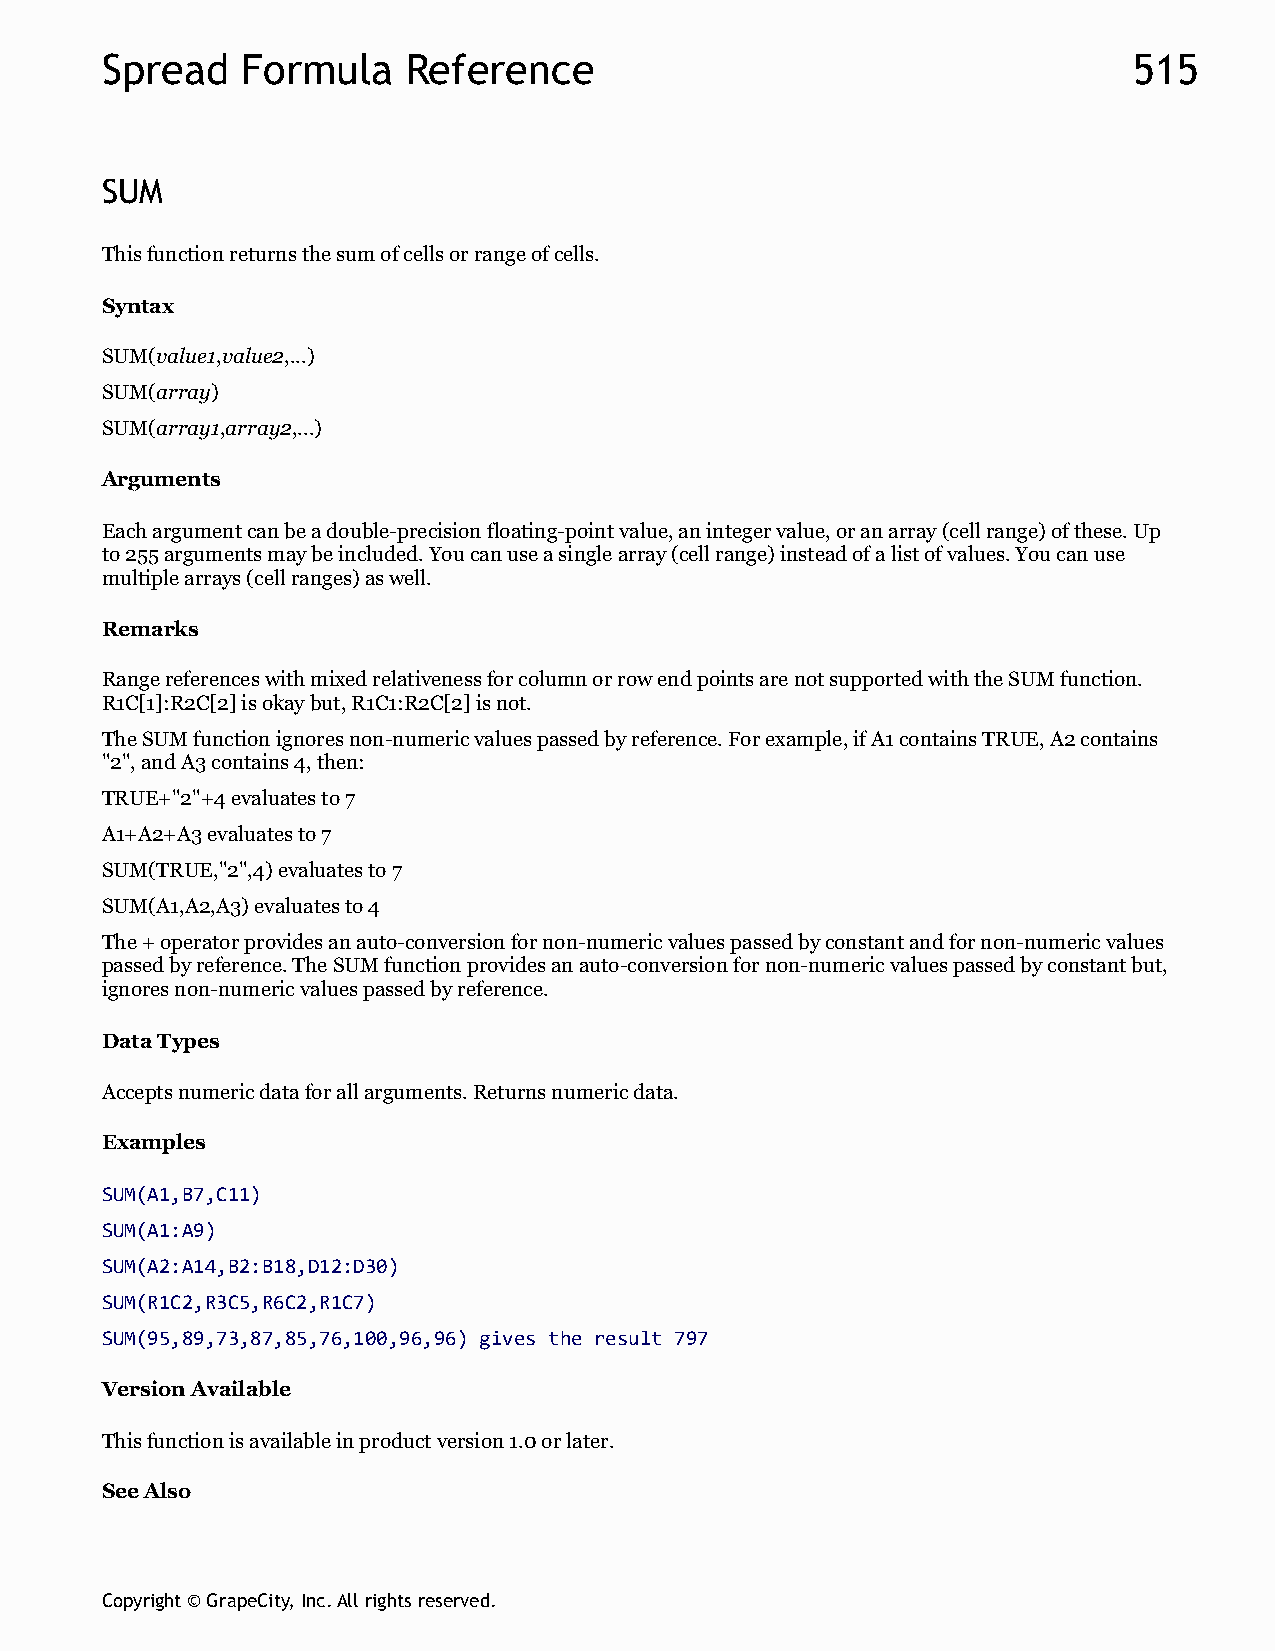
Spread   Formula    Reference                                       515
 SUM
 This function returns the sum of cells or range of cells.
 Syntax
 SUM(value1,value2,...)
 SUM(array)
 SUM(array1,array2,...)
 Arguments
 Each argument can be a double-precision floating-point value, an integer value, or an array (cell range) of these. Up
 to 255 arguments may be included. You can use a single array (cell range) instead of a list of values. You can use
 multiple arrays (cell ranges) as well.
 Remarks
 Range references with mixed relativeness for column or row end points are not supported with the SUM function.
 R1C[1]:R2C[2] is okay but, R1C1:R2C[2] is not.
 The SUM function ignores non-numeric values passed by reference. For example, if A1 contains TRUE, A2 contains
 "2", and A3 contains 4, then:
 TRUE+"2"+4 evaluates to 7
 A1+A2+A3 evaluates to 7
 SUM(TRUE,"2",4) evaluates to 7
 SUM(A1,A2,A3) evaluates to 4
 The + operator provides an auto-conversion for non-numeric values passed by constant and for non-numeric values
 passed by reference. The SUM function provides an auto-conversion for non-numeric values passed by constant but,
 ignores non-numeric values passed by reference.
 Data Types
 Accepts numeric data for all arguments. Returns numeric data.
 Examples
 SUM(A1,B7,C11)
 SUM(A1:A9)
 SUM(A2:A14,B2:B18,D12:D30)
 SUM(R1C2,R3C5,R6C2,R1C7)
 SUM(95,89,73,87,85,76,100,96,96) gives the result 797
 Version Available
 This function is available in product version 1.0 or later.
 See Also
 Copyright © GrapeCity, Inc. All rights reserved.